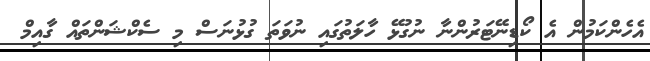
އެހެންކަމުން އެ ކޯޑިނޭޓަރުންނާ ނުގުޅޭ ހާލަތުގައި ނުވަތަ ގުޅުނަސް މި ސެކްޝަންތައް ގާއިމް